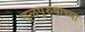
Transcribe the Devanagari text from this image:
मूळपुरुषाच्या